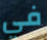
في